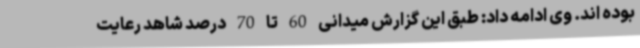
بوده اند. وی ادامه داد: طبق این گزارش میدانی 60 تا 70 درصد شاهد رعایت